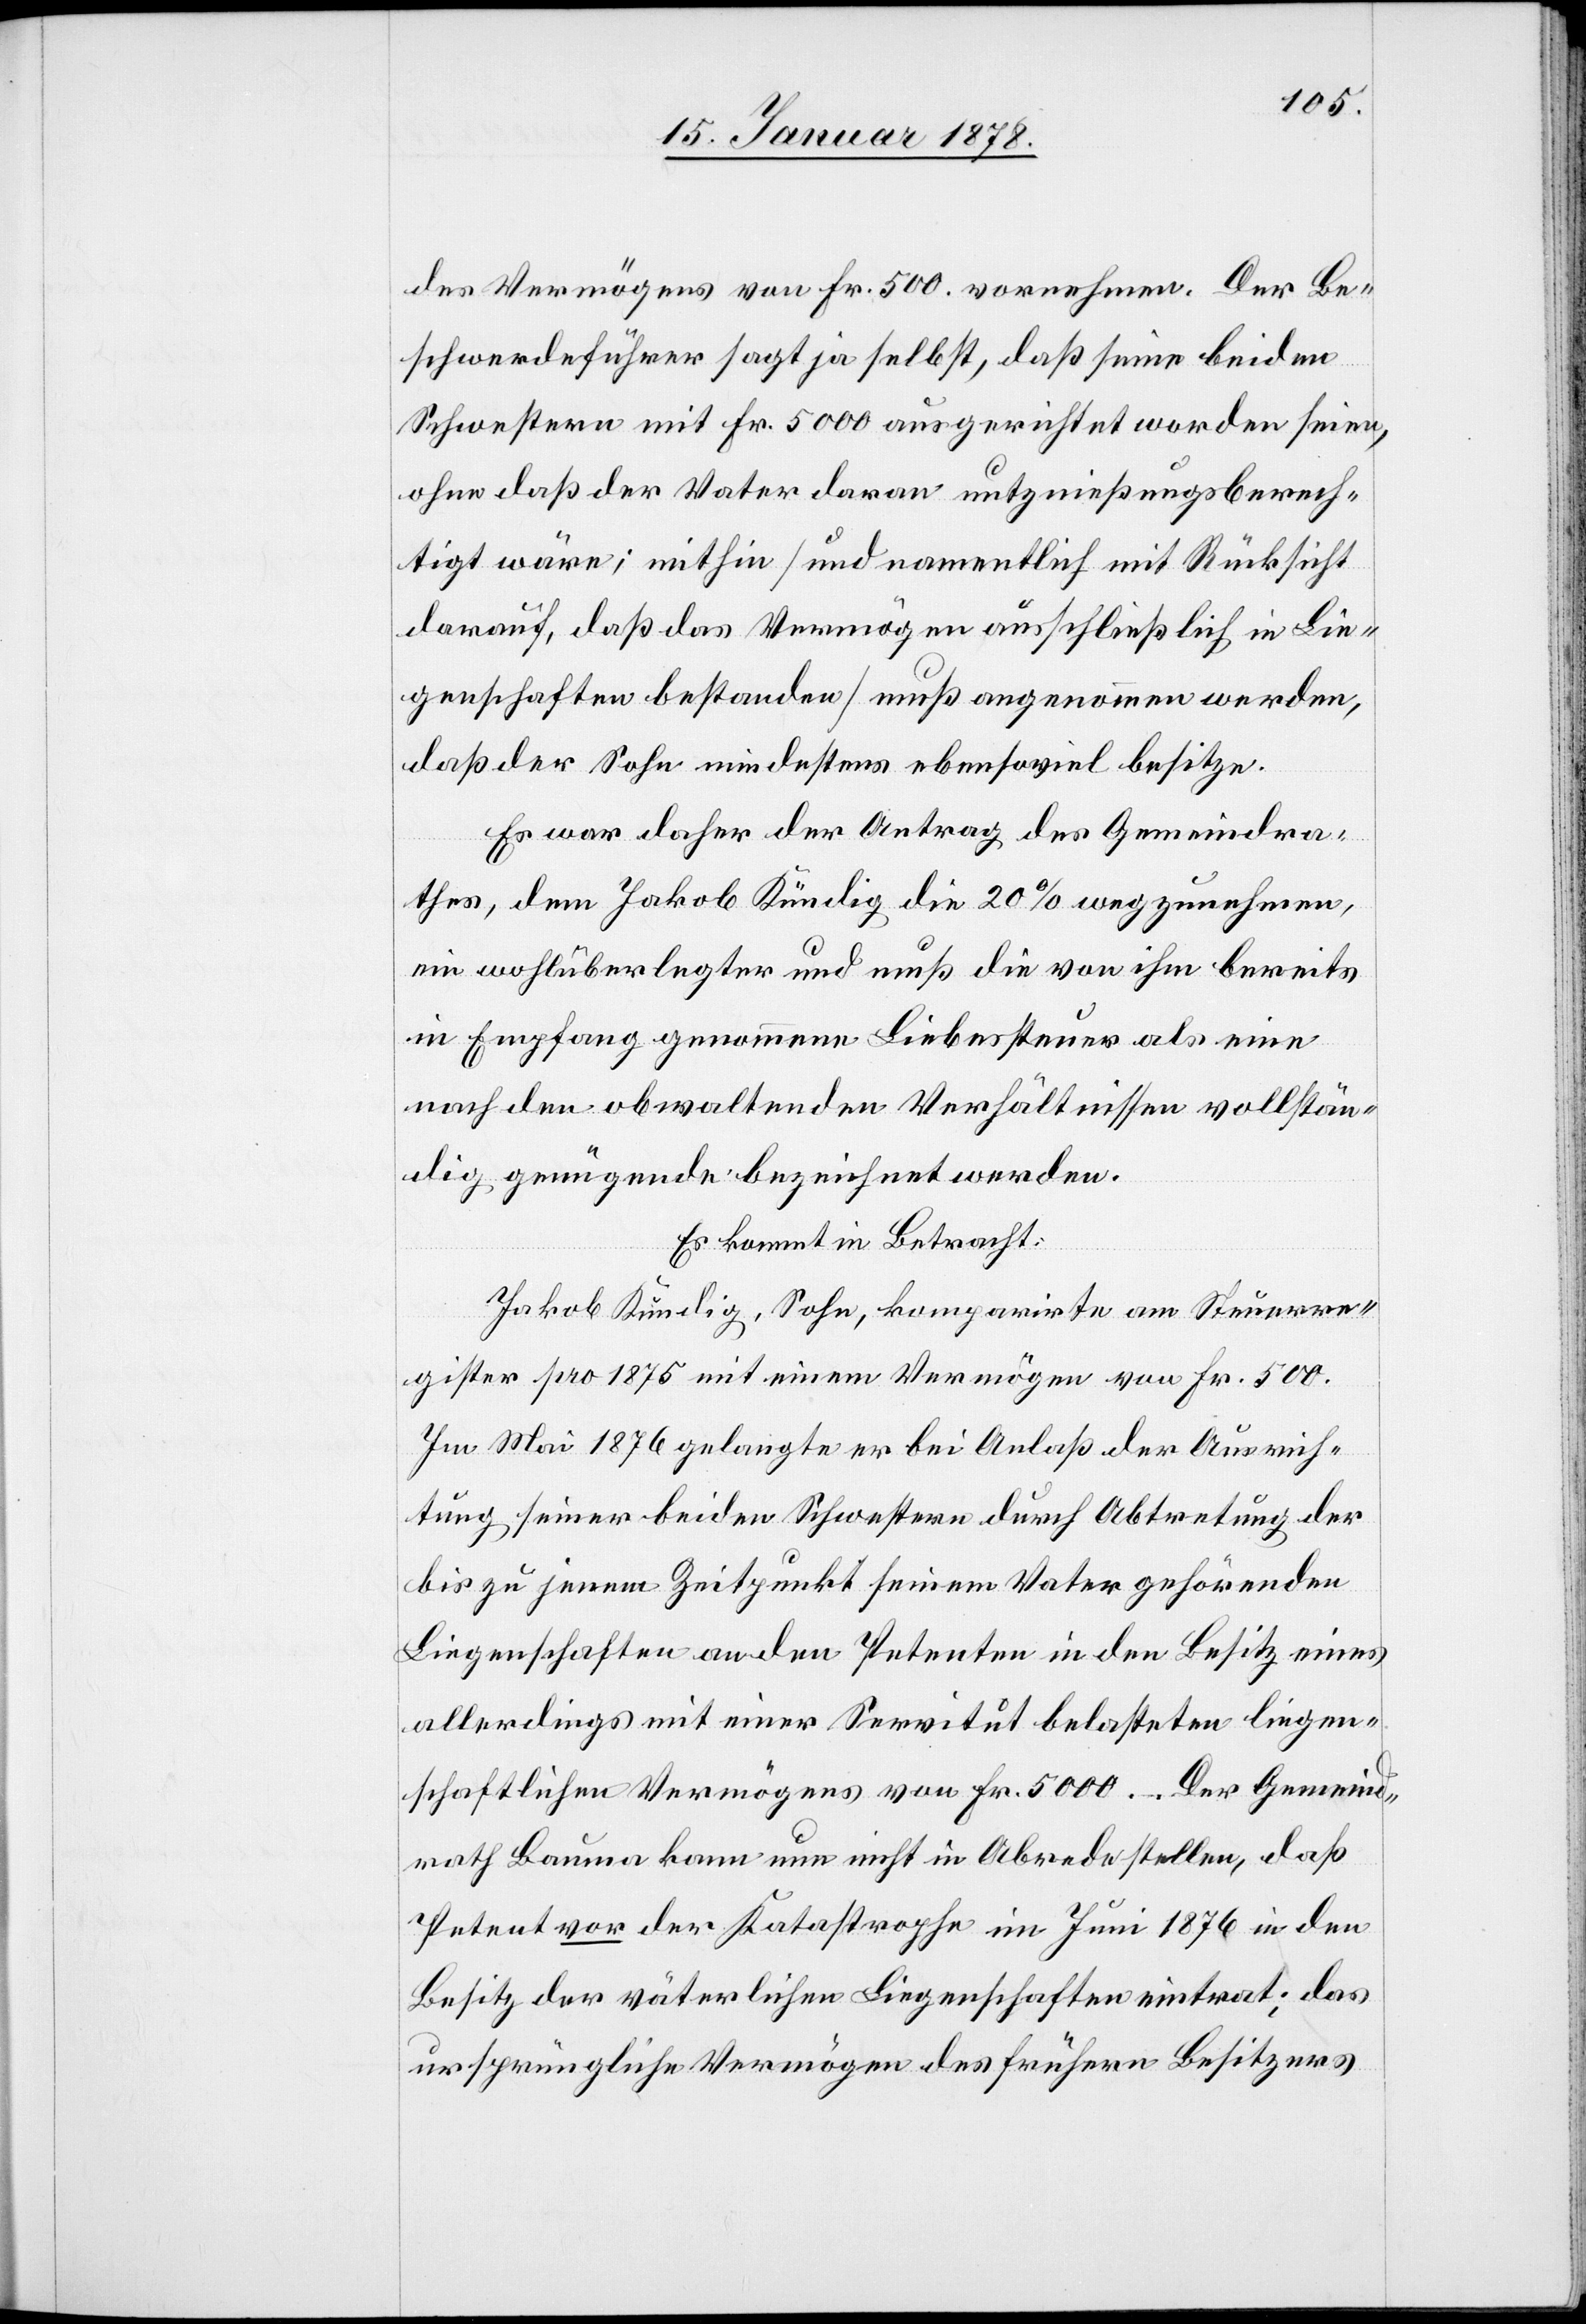
des Vermögens von Fr. 500 vornehmen. Der Be¬
schwerdeführer sagt ja selbst, daß seine beiden
Schwestern mit Fr. 5000 ausgerichtet worden seien,
ohne daß der Vater daran nutznießungsberech¬
tigt wäre; mithin (und namentlich mit Rücksicht
darauf, daß das Vermögen ausschließlich in Lie¬
genschaften bestanden) muß angenommen werden,
daß der Sohn mindestens ebensoviel besitze.
Es war daher der Antrag des Gemeindra¬
thes, dem Jakob Kündig die 20% wegzunehmen,
ein wohlüberlegter und muß die von ihm bereits
in Empfang genommene Liebessteuer als eine
nach dem obwaltenden Verhältnissen vollstän¬
dig genügende bezeichnet werden.
Es kommt in Betracht:
Jakob Kündig, Sohn, komparirte am Steuerre¬
gister pro 1875 mit einem Vermögen von Fr. 500.
Im Mai 1876 gelangte er bei Anlaß der Ausrich¬
tung seiner beiden Schwestern durch Abtretung der
bis zu jenem Zeitpunkt seinem Vater gehörenden
Liegenschaften an den Petenten in den Besitz eines
allerdings mit einer Servitut belasteten liegen¬
schaftlichen Vermögens von Fr. 5000. Der Gemeind¬
rath Bauma kann nun nicht in Abrede stellen, daß
Petent vor der Katastrophe im Juni 1876 in den
Besitz der väterlichen Liegenschaften eintrat; das
ursprüngliche Vermögen des frühern Besitzers